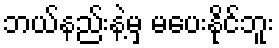
ဘယ်နည်းနဲ့မှ မပေးနိုင်ဘူး